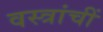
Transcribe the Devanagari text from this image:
वस्त्रांचीं